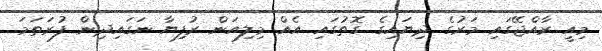
މިއީ ރާއްޖޭގައި މަރުގެ ދިޔައިގެ ގޮތުގައި އެއް މިލިއަން ރުފިޔާ ނަގައިދިން ފުރަތަމަ